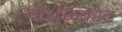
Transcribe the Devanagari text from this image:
येऽऽळकोट